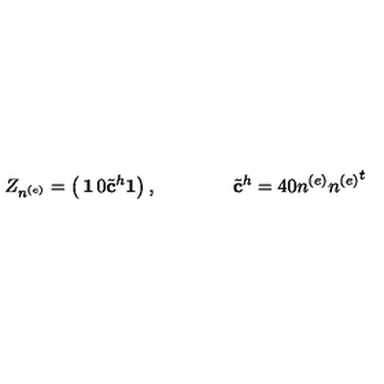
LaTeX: Z _ { n ^ { ( e ) } } = \left( \begin{matrix} { { \bf 1 } } & { 0 } \\ { { { \tilde { \bf c } } ^ { h } } } & { { \bf 1 } } \\ \end{matrix} \right) , \qquad \qquad { \tilde { \bf c } } ^ { h } = 4 0 n ^ { ( e ) } { n ^ { ( e ) } } ^ { t }